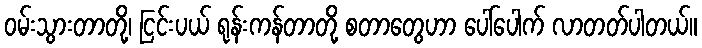
ဝမ်းသွားတာတို့၊ ငြင်းပယ် ရုန်းကန်တာတို့ စတာတွေဟာ ပေါ်ပေါက် လာတတ်ပါတယ်။